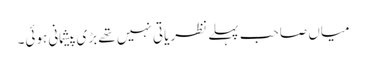
میاں صاحب پہلے نظریاتی نہیں تھے بڑی پیشمانی ہوئی۔